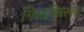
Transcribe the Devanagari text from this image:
गिलकिस्त